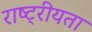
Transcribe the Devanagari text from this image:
राष्‍ट्रीयता